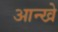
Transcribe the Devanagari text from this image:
आन्खे